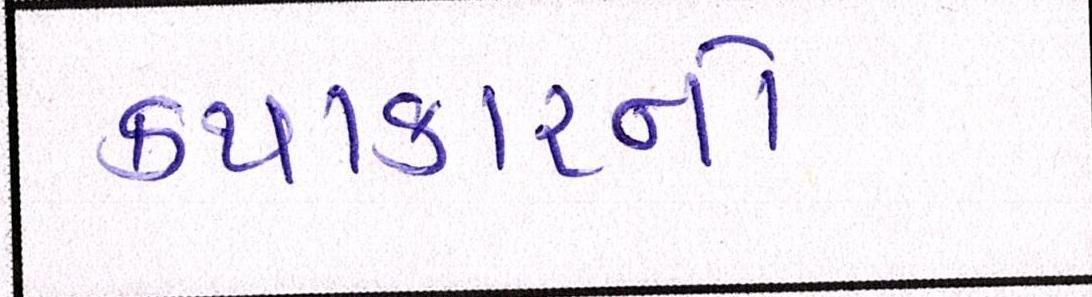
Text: કથાકારનો